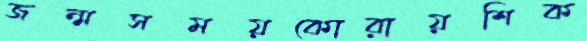
জন্মসময়কোরায়শিক